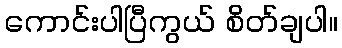
ကောင်းပါပြီကွယ် စိတ်ချပါ။